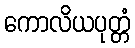
ကောလိယပုတ္တံ